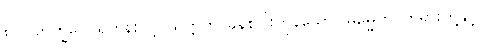
၈၂။ ဘိက္ခဝေ၊ ရဟန်းတို့။ သတ္တဟိ၊ ခုနစ်ပါးကုန်သော။ ဓမ္မေဟိ၊ တရားတို့နှင့်။